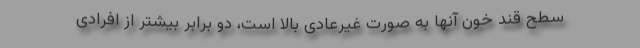
سطح قند خون آنها به صورت غیرعادی بالا است، دو برابر بیشتر از افرادی